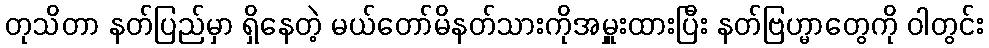
တုသိတာ နတ်ပြည်မှာ ရှိနေတဲ့ မယ်တော်မိနတ်သားကိုအမှူးထားပြီး နတ်ဗြဟ္မာတွေကို ဝါတွင်း